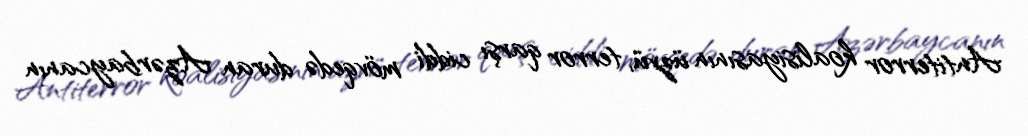
Antiterror koalisiyasının üzvü, terror qarşı ciddi mövqedə duran Azərbaycanın